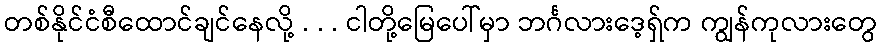
တစ်နိုင်ငံစီထောင်ချင်နေလို့ . . . ငါတို့မြေပေါ်မှာ ဘင်္ဂလားဒေ့ရှ်က ကျွန်ကုလားတွေ